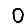
Digit: 0